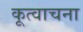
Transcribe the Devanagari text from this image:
कूत्वाचना